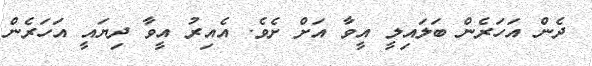
ދެން އަހަރެން ބަލައިލީ އީވާ އަށް ށެވެ. އެއިރު އީވާ ދިޔައީ އަހަރެން